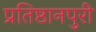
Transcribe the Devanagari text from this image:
प्रतिष्ठानपुरी